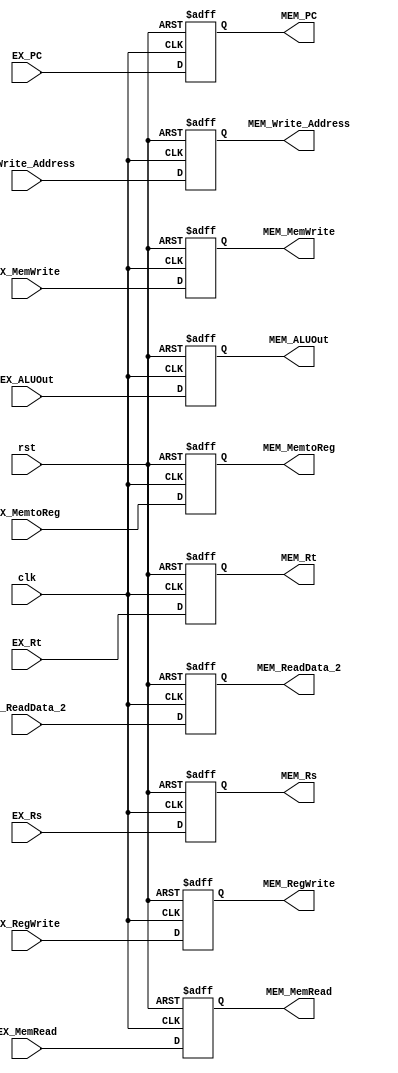
module EX_MEM(
    input clk,
    input rst,
    input [31:0] EX_PC,//
    input [31:0] EX_ALUOut,//
    input [31:0] EX_ReadData_2,//
    input [4:0] EX_Rs,//
    input [4:0] EX_Rt,//
    //input [4:0] EX_Rd,
    input [4:0] EX_Write_Address,//
    input [1:0] EX_MemtoReg,//
    input EX_MemWrite,//
    input EX_RegWrite,//
    input EX_MemRead,//
    output reg [31:0] MEM_PC,//
    output reg [31:0] MEM_ALUOut,//
    output reg [31:0] MEM_ReadData_2,//
    output reg [4:0] MEM_Rs,//
    output reg [4:0] MEM_Rt,//
    //output reg [4:0] MEM_Rd,
    output reg [4:0] MEM_Write_Address,//
    output reg [1:0] MEM_MemtoReg,//
    output reg MEM_MemWrite,//
    output reg MEM_RegWrite,//
    output reg MEM_MemRead//
);
always @(posedge clk or posedge rst) begin
    if (rst) begin
        MEM_PC <= 0;//
        MEM_ALUOut <= 0;//
        MEM_ReadData_2 <= 0;//
        MEM_Rs <= 0;//
        MEM_Rt <= 0;//
        //MEM_Rd <= 0;
        MEM_Write_Address <= 0;//
        MEM_MemtoReg <= 0;//
        MEM_MemWrite <= 0;//
        MEM_RegWrite <= 0;//
        MEM_MemRead <= 0;//
    end
    else begin
        MEM_PC <= EX_PC;//
        MEM_ALUOut <= EX_ALUOut;//
        MEM_ReadData_2 <= EX_ReadData_2;//
        MEM_Rs <= EX_Rs;//
        MEM_Rt <= EX_Rt;//
        //MEM_Rd <= EX_Rd;
        MEM_Write_Address <= EX_Write_Address;//
        MEM_MemtoReg <= EX_MemtoReg;//
        MEM_MemWrite <= EX_MemWrite;//
        MEM_RegWrite <= EX_RegWrite;//
        MEM_MemRead <= EX_MemRead;//
    end
end
endmodule